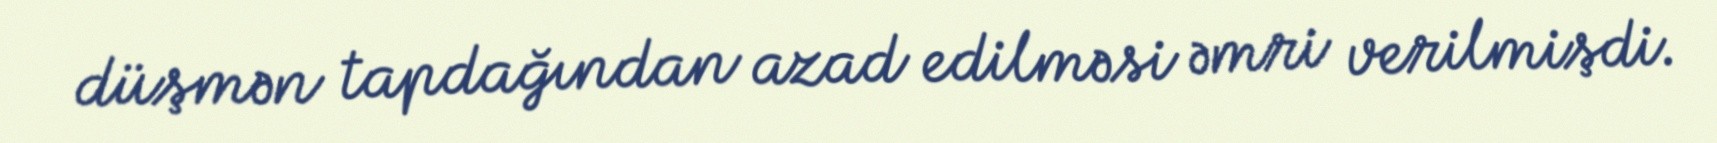
düşmən tapdağından azad edilməsi əmri verilmişdi.